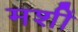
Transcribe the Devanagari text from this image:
मशीं